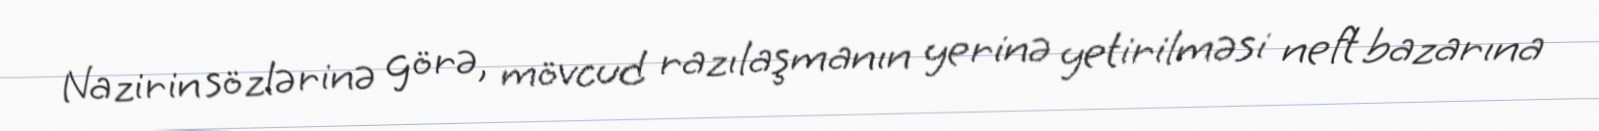
Nazirin sözlərinə görə, mövcud razılaşmanın yerinə yetirilməsi neft bazarına